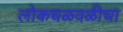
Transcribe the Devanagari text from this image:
लोकचळवळीचा